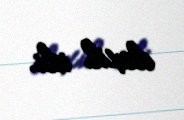
daxil idi.